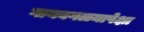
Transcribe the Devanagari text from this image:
गायबगळ्यापेक्षा